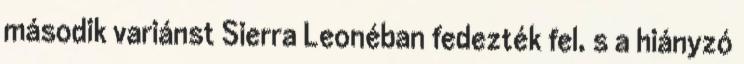
második variánst Sierra Leonéban fedezték fel, s a hiányzó